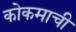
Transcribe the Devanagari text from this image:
कोकमाची